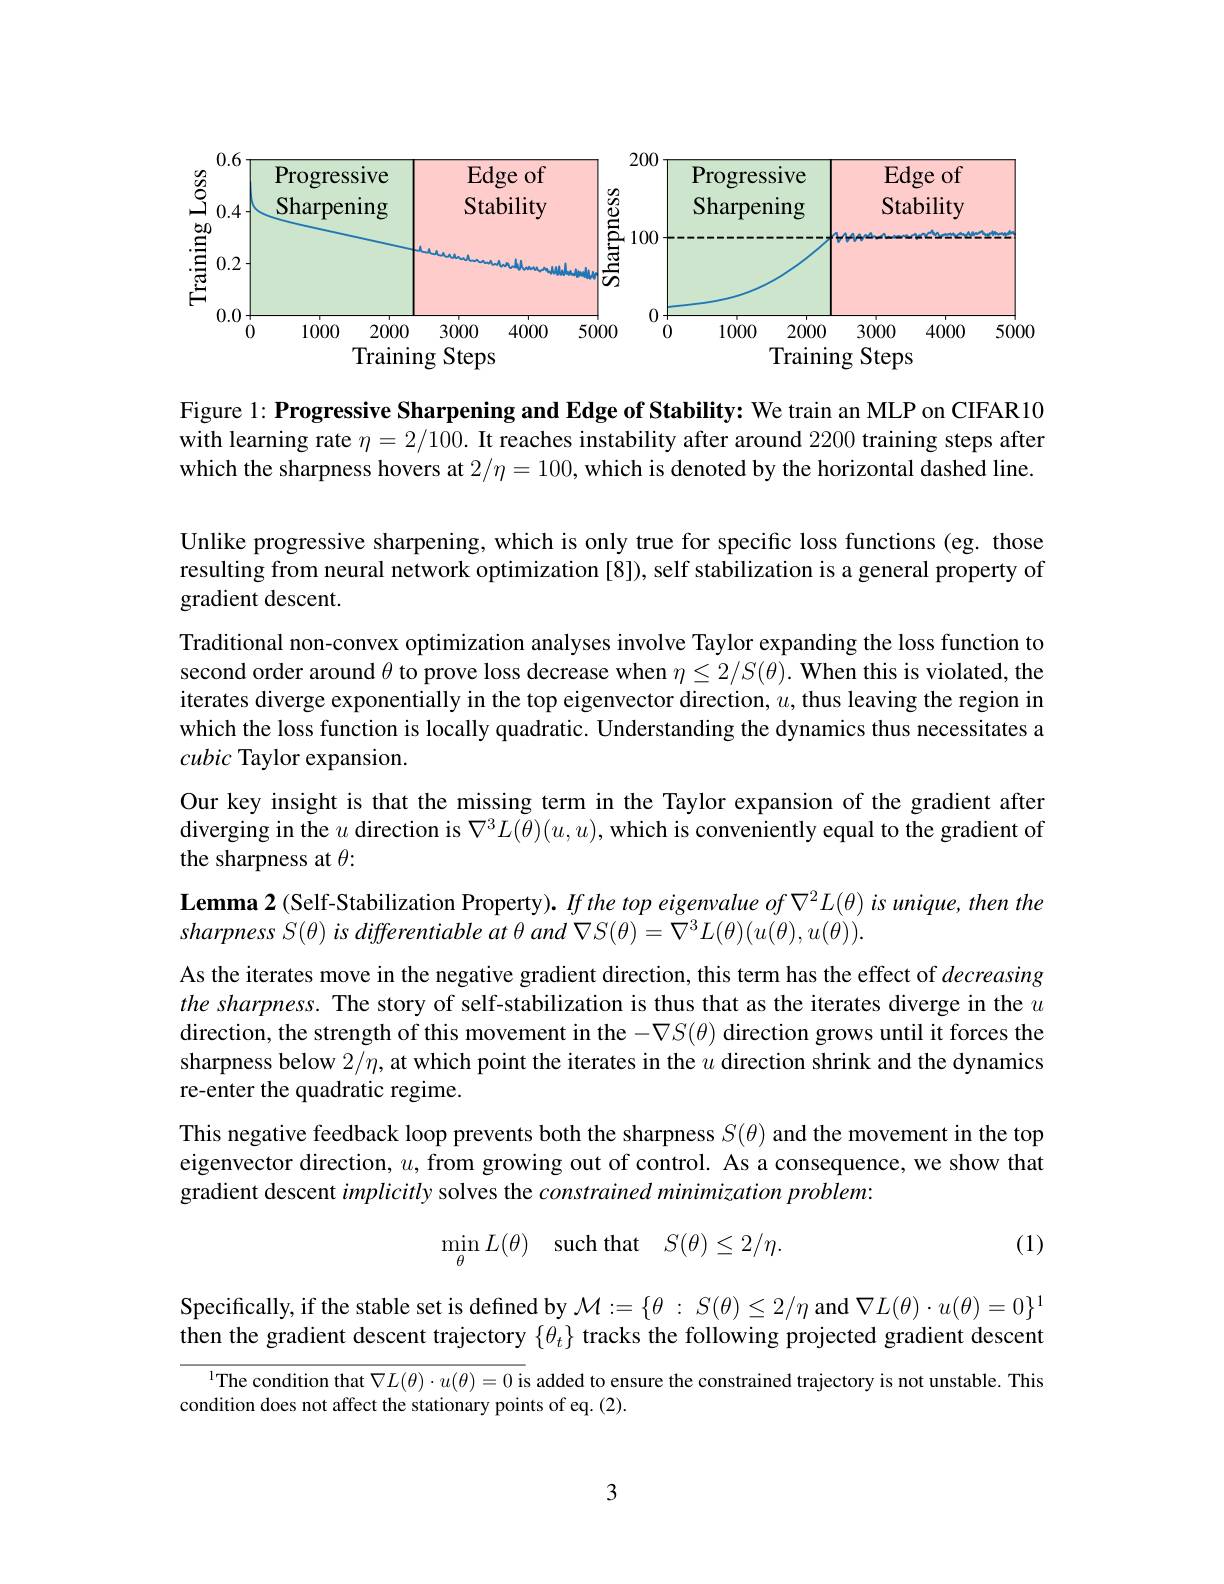
<FigureHere>

Figure 1: Progressive Sharpening and Edge of Stability: We train an MLP on CIFAR10 with learning rate $\eta = 2/ 100. \textbf{ It reaches instability after around }2200$ training steps after which the sharpness hovers at $2/\eta=100$, which is denoted by the horizontal dashed line

Unlike progressive sharpening, which is only true for specific loss functions (eg. those resulting from neural network optimization [8]), self stabilization is a general property of gradient descent.
Traditional non-convex optimization analyses involve Taylor expanding the loss function to second order around $\theta$ to prove loss decrease when $\eta \leq 2/ S( \theta ) . \textbf{When this is violated, the}$ iterates diverge exponentially in the top eigenvector direction, $u$, thus leaving the region in which the loss function is locally quadratic. Understanding the dynamics thus necessitates a cubic Taylor expansion.
Our key insight is that the missing term in the Taylor expansion of the gradient after diverging in the $u$ direction is $\nabla^3L(\theta)(u,u)$, which is conveniently equal to the gradient of the sharpness at $\theta:$
$\textbf{Lemma2( Self- Stabilization Property) . If the top eigenvalue of }\nabla ^2L( \theta )$ is unique, then the
$sharpnessS( \theta ) is$ differentiable $at$ $\theta$ and $\nabla S( \theta ) = \nabla ^{3}L( \theta ) ( u( \theta ) , u( \theta ) )$
As the iterates move in the negative gradient direction, this term has the effect of decreasing the sharpness. The story of self-stabilization is thus that as the iterates diverge in the $u$ direction, the strength of this movement in the $-\nabla S(\theta)$ direction grows until it forces the sharpness below $2/\eta$, at which point the iterates in the $u$ direction shrink and the dynamics re-enter the quadratic regime.
This negative feedback loop prevents both the sharpness $S(\theta)$ and the movement in the top eigenvector direction, $u$, from growing out of control. As a consequence, we show that gradient descent implicitly solves the constrained minimization problem:
(1)
$$\min\limits_{\theta}L(\theta)\quad\text{such that}\quad S(\theta)\leq2/\eta.$$
Specifically, if the stable set is defined by $\mathcal{M} : = \{ \theta$ $: S( \theta ) \leq 2/ \eta$ and $\nabla L(\theta)\cdot u(\theta)=0\}^1$ then the gradient descent trajectory $\{\theta_t\}$ tracks the following projected gradient descent

$^1$The condition that $\nabla L(\theta)\cdot u(\theta)=0$ is added to ensure the constrained trajectory is not unstable. This
condition does not affect the stationary points of eq. (2).

3